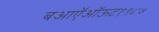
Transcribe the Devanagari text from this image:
बआऍऑऊट१९८७